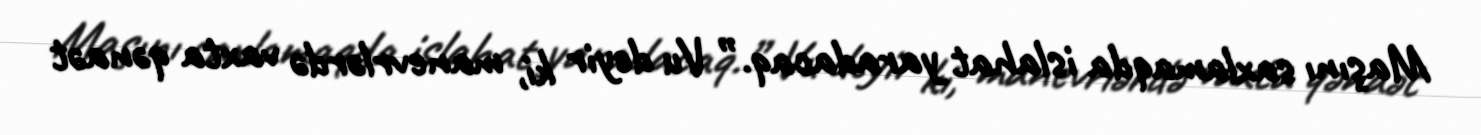
Maşını saxlamaqda islahat yaradacaq.” Vu deyir ki, manevrlərdə vaxta qənaət